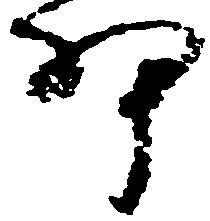
細